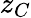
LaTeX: z_{C}